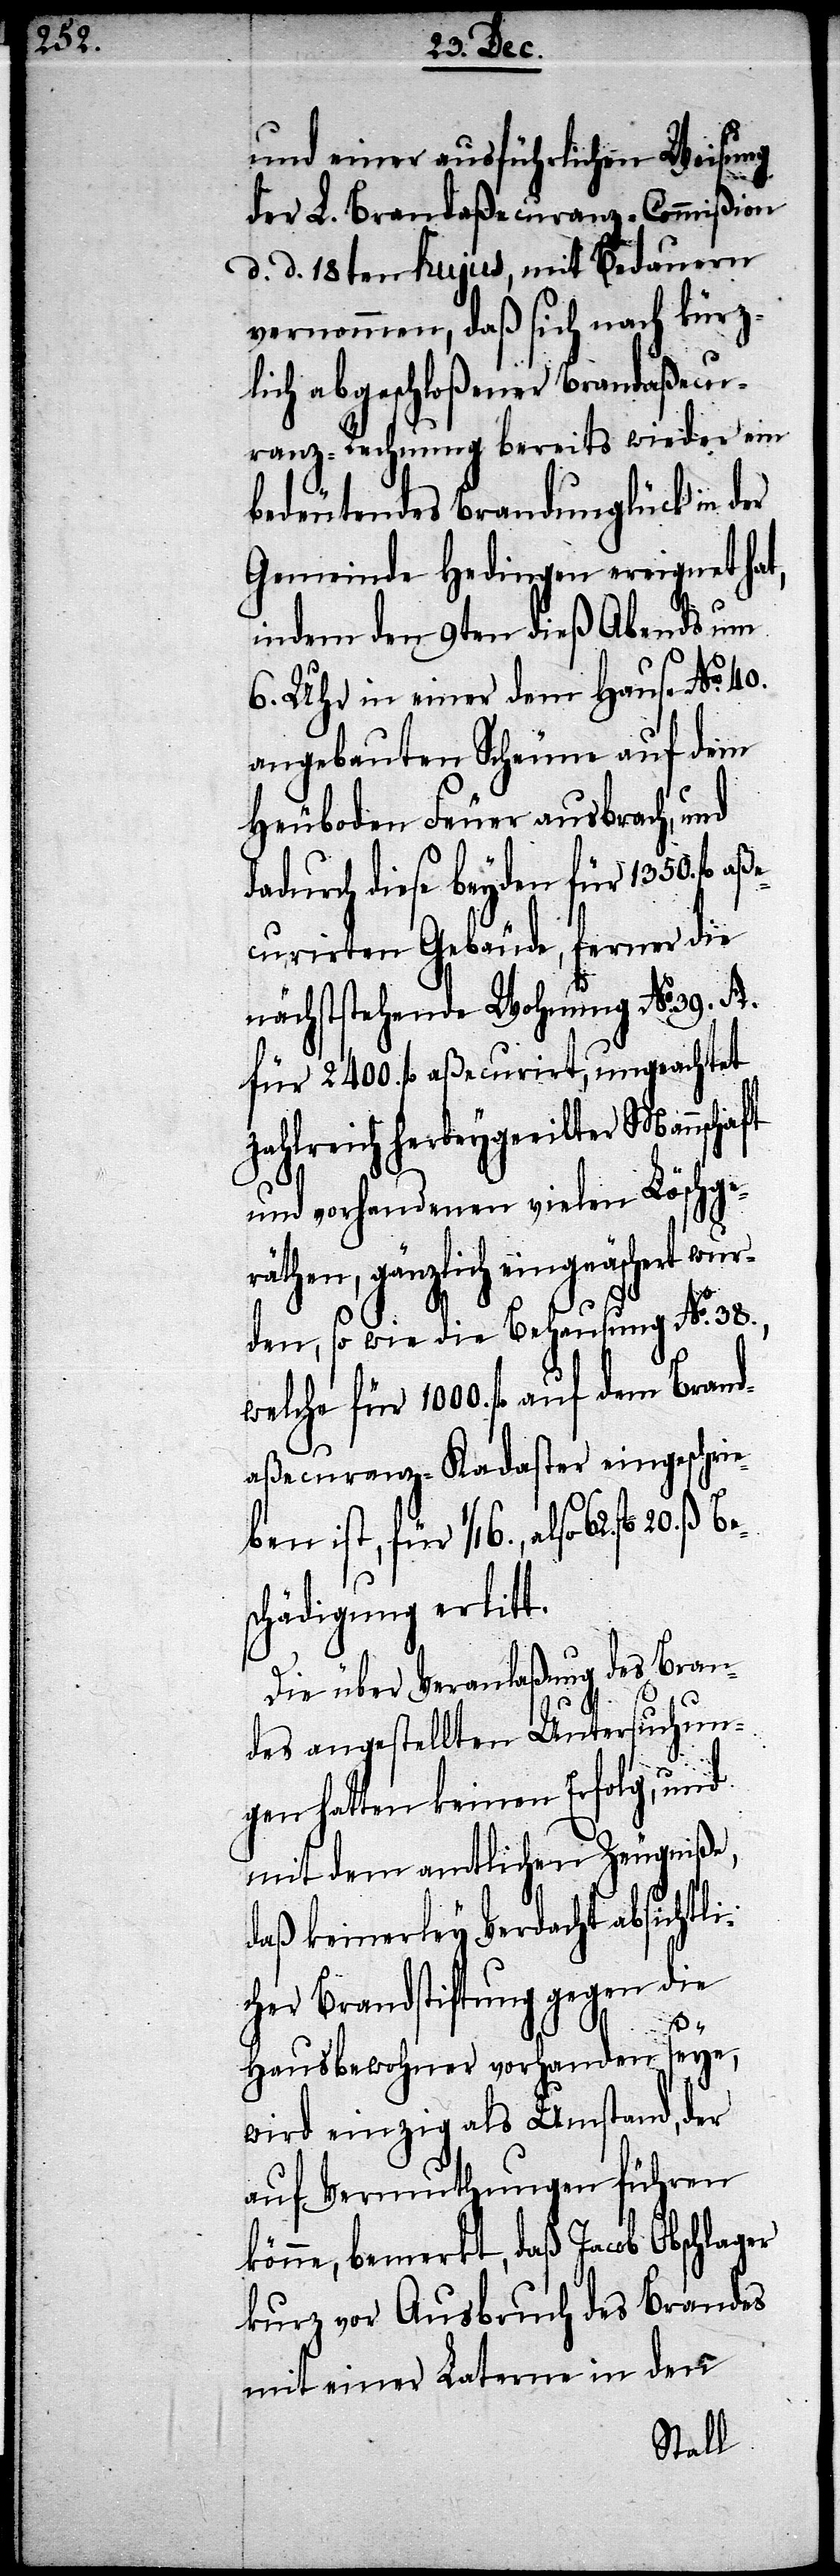
und einer ausführlichen Weisung
der L. Brandaßecuranz-Commißion
d. d. 18ten hujus, mit Bedauern
vernommen, daß sich nach kürz¬
lich abgeschloßener Brandaßecu¬
ranz-Rechnung bereits wieder ein
bedeutendes Brandunglück in der
Gemeinde Hedingen ereignet hat,
indem den 9ten dieß Abends um
6. Uhr in einer dem Hause No. 40.
angebauten Scheune auf dem
Heuboden Feuer ausbrach, und
dadurch dieses beyden für 1350 fl.
curirten Gebäude, ferner die
nächststehende Wohnung No. 39. A.
für 2400 fl. aßecurirt, ungeachtet
zahlreich herbeygeeilter Mannschaft
und vorhandnen vielen Löschge¬
räthen, gänzlich eingeäschert wur¬
den, so wie die Behausung No. 38.,
welche für 1000. fl. auf dem Brand¬
aßecuranz-Kadaster eingeschrie¬
ben ist, für 1/16, also 62. fl. 20.
chädigung erlitt.
Die über Veranlaßung des Bran¬
des angestellten Untersuchun¬
gen hatten keinen Erfolg, und
mit dem amtlichen Zeugniße,
daß keinerley Verdacht absichtli¬
cher Brandstiftung gegen die
Bes¬
Hausbewohner vorhanden seye,
wird einzig als Umstand, der
auf Vermuthungen führen
könne, bemerkt, daß Jacob Obschlager
kurz vor Ausbruch des Brandes
mit einer Laterne in den